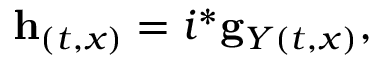
{ } { \bf h } _ { ( t , x ) } = i ^ { * } { \bf g } _ { Y ( t , x ) } ,